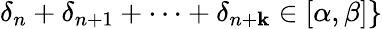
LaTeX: \delta_{n}+\delta_{n+1}+\cdots+\delta_{n+\mathbf{k}}\in[\alpha,\beta]\}